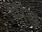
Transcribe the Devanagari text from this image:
चाड़